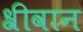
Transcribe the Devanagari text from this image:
श्रीवान